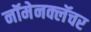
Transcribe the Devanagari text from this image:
नॉमेनक्लॅचर